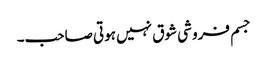
جسم فروشی شوق نہیں ہوتی صاحب۔